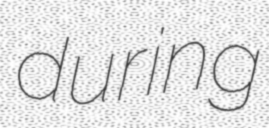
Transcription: during